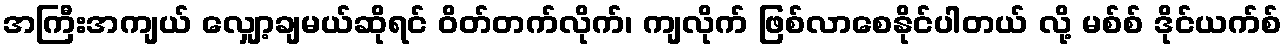
အကြီးအကျယ် လျှော့ချမယ်ဆိုရင် ဝိတ်တက်လိုက်၊ ကျလိုက် ဖြစ်လာစေနိုင်ပါတယ် လို့ မစ်စ် ဒိုင်ယက်စ်